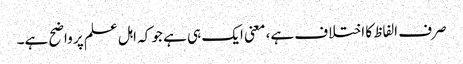
صرف الفاظ کا اختلاف ہے، معنی ایک ہی ہے جو کہ اہل علم پر واضح ہے۔